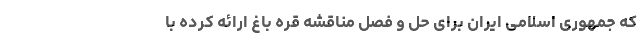
که جمهوری اسلامی ایران برای حل و فصل مناقشه قره باغ ارائه کرده با